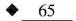
◆\underline{65}